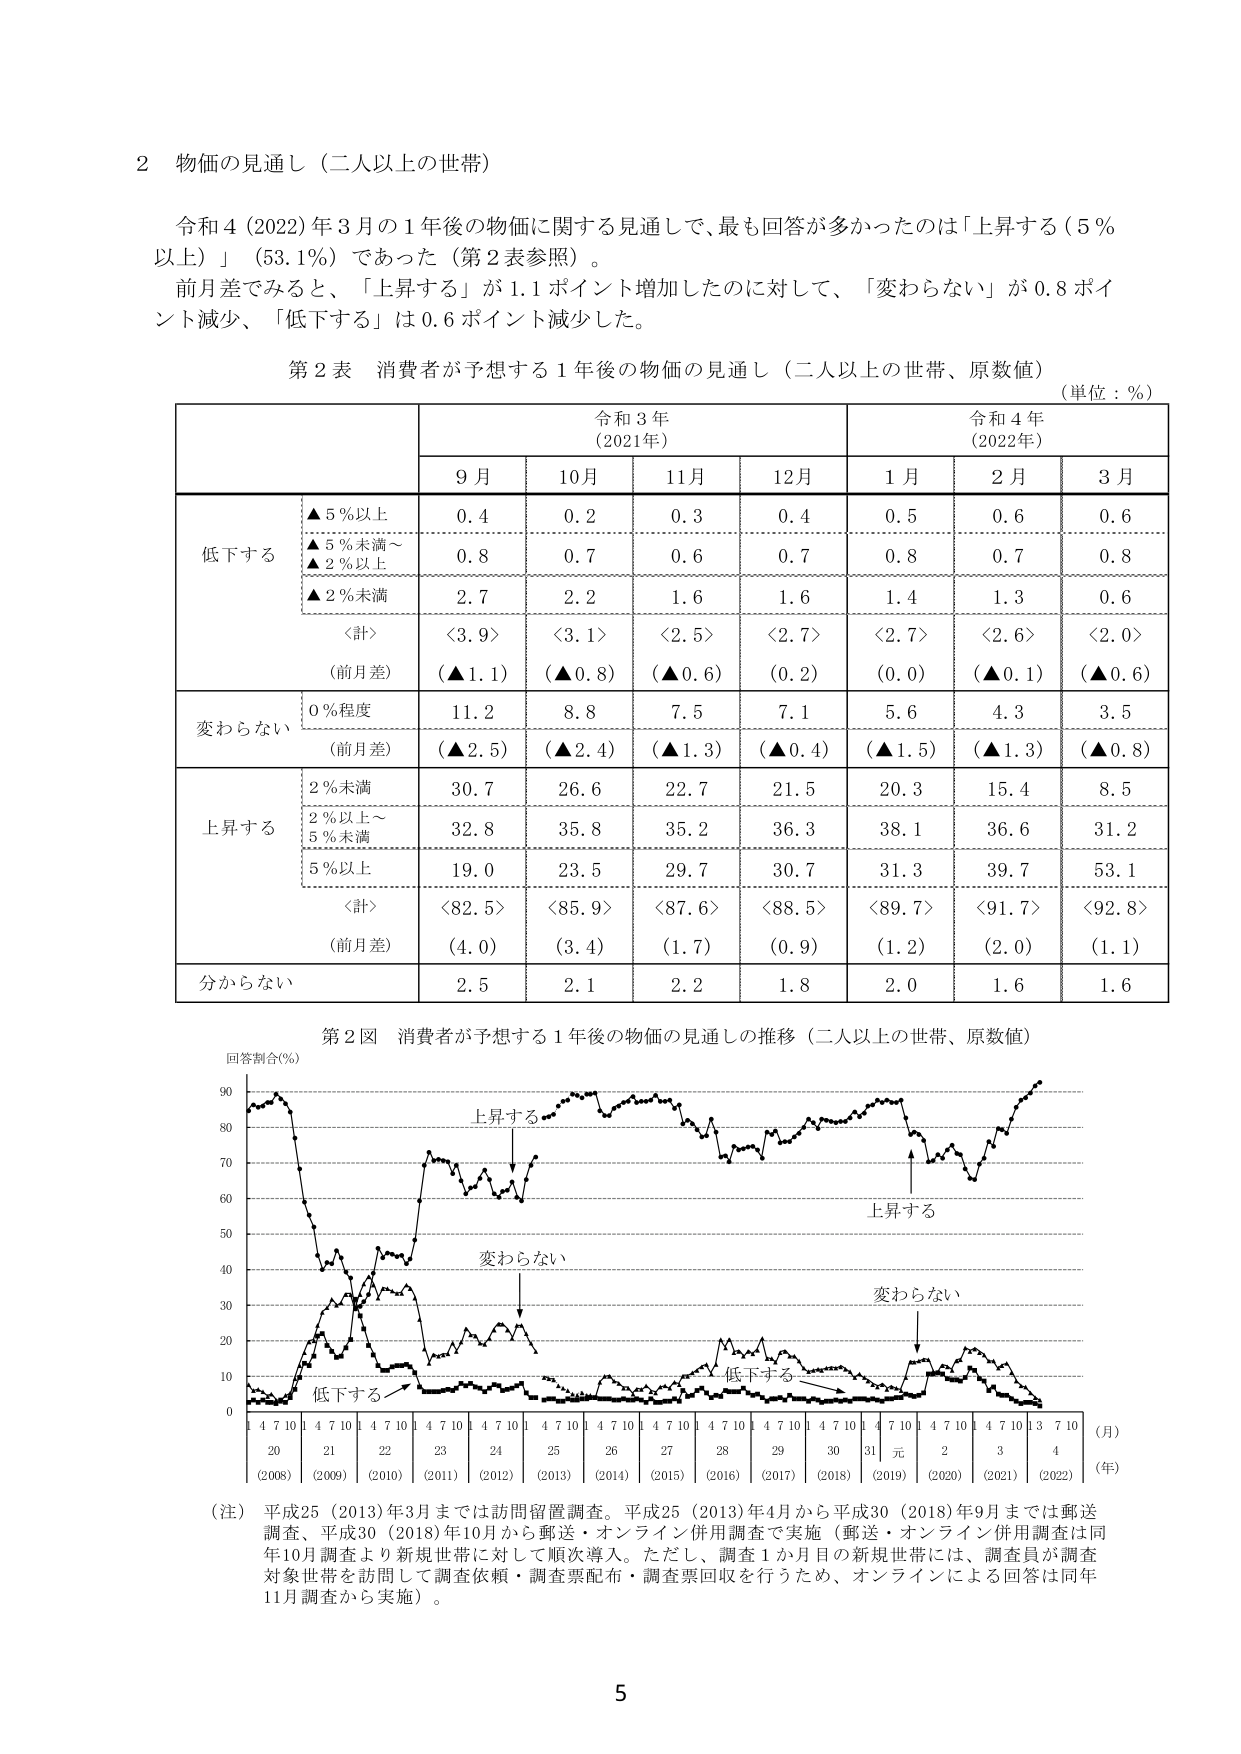
2 物価の見通し（二人以上の世帯）

令和4（2022）年3月の1年後の物価に関する見通しで、最も回答が多かったのは「上昇する（5％以上）」（53.1％）であった（第2表参照）。

前月差でみると、「上昇する」が1.1ポイント増加したのに対して、「変わらない」が0.8ポイント減少、「低下する」は0.6ポイント減少した。

第2表 消費者が予想する1年後の物価の見通し（二人以上の世帯、原数値）
（単位：％）

令和3年（2021年） 令和4年（2022年）
9月 10月 11月 12月 1月 2月 3月

低下する
▲5％以上 0.4 0.2 0.3 0.4 0.5 0.6 0.6
▲5％未満～ 0.8 0.7 0.6 0.7 0.8 0.7 0.8
▲2％以上
▲2％未満 2.7 2.2 1.6 1.6 1.4 1.3 0.6
〈計〉 <3.9> <3.1> <2.5> <2.7> <2.7> <2.6> <2.0>
（前月差） （▲1.1） （▲0.8） （▲0.6） （0.2） （0.0） （▲0.1） （▲0.6）

変わらない
0％程度 11.2 8.8 7.5 7.1 5.6 4.3 3.5
（前月差） （▲2.5） （▲2.4） （▲1.3） （▲0.4） （▲1.5） （▲1.3） （▲0.8）

上昇する
2％未満 30.7 26.6 22.7 21.5 20.3 15.4 8.5
2％以上～ 32.8 35.8 35.2 36.3 38.1 36.6 31.2
5％未満
5％以上 19.0 23.5 29.7 30.7 31.3 39.7 53.1
〈計〉 <82.5> <85.9> <87.6> <88.5> <89.7> <91.7> <92.8>
（前月差） （4.0） （3.4） （1.7） （0.9） （1.2） （2.0） （1.1）

分からない 2.5 2.1 2.2 1.8 2.0 1.6 1.6

第2図 消費者が予想する1年後の物価の見通しの推移（二人以上の世帯、原数値）

回答割合（％）
90
80 上昇する
70
60
50
40 変わらない
30
20
10 低下する 低下する
0
4 7 10 4 7 10 4 7 10 4 7 10 4 7 10 4 7 10 4 7 10 4 7 10 4 7 10 4 7 10 4 7 10 4 7 10 4 7 10 3 7 10 （月）
20 21 22 23 24 25 26 27 28 29 30 31 元 2 3 4 （年）
（2008）（2009）（2010）（2011）（2012）（2013）（2014）（2015）（2016）（2017）（2018）（2019）（2020）（2021）（2022）

（注） 平成25（2013）年3月までは訪問留置調査。平成25（2013）年4月から平成30（2018）年9月までは郵送調査、平成30（2018）年10月から郵送・オンライン併用調査を実施（郵送・オンライン併用調査は同年10月調査より新規世帯に対して順次導入。ただし、調査1か月目の新規世帯には、調査員が調査対象世帯を訪問して調査依頼・調査票配布・調査票回収を行うため、オンラインによる回答は同年11月調査から実施）。

5